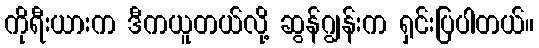
ကိုရီးယားက ဒီကယူတယ်လို့ ဆွန်ဂျွန်းက ရှင်းပြပါတယ်။